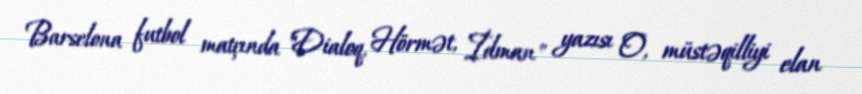
Barselona futbol matçında "Dialoq, Hörmət, İdman" yazısı O, müstəqilliyi elan